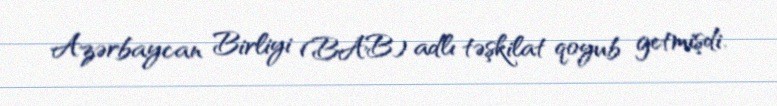
Azərbaycan Birliyi (BAB) adlı təşkilat qoyub getmişdi.